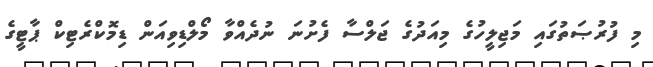
މި ފުރުޞަތުގައި މަޖިލީހުގެ މިއަދުގެ ޖަލްސާ ފެށުނަ ނުދެއްވާ މޯލްޑިވިއަން ޑިމޮކްރެޓިކް ޕާޓީގެ